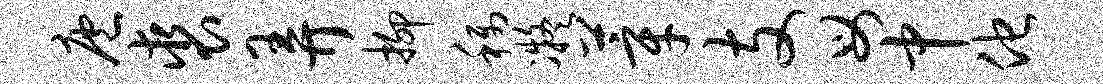
庖裘弄抑称凝莘支母中他